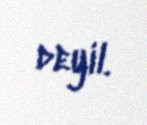
deyil.